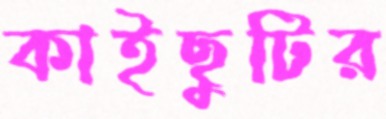
কাইছুটির